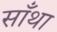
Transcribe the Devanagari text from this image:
साँथा